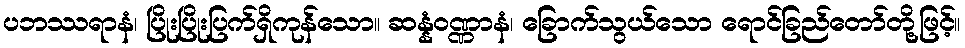
ပဘဿရာနံ၊ ပြိုးပြိုးပြက်ရှိကုန်သော။ ဆန္နံဝဏ္ဏာနံ၊ ခြောက်သွယ်သော ရောင်ခြည်တော်တို့ဖြင့်။